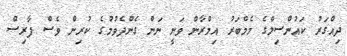
ދިއްގަރު ކައުންސިލްގެ މެމްބަރު އިމްރާން ވަނީ ނަން ގެންދެވުމުގެ ކުރިން ވެސް ފާރިސް